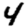
Digit: 4